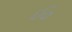
ઈ૦